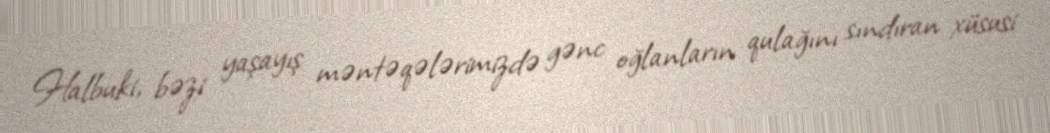
Halbuki, bəzi yaşayış məntəqələrimizdə gənc oğlanların qulağını sındıran xüsusi